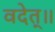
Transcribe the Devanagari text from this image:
वदेत्॥